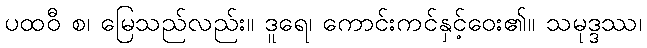
ပထဝီ စ၊ မြေသည်လည်း။ ဒူရေ၊ ကောင်းကင်နှင့်ဝေး၏။ သမုဒ္ဒဿ၊